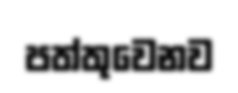
පත්තුවෙනව